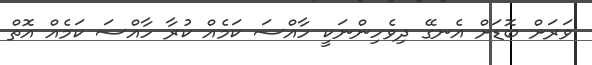
ވަރަށް ބޮޑަށް އެނގޭ ދިވެހިންނަކީ ހާއްސަ ކަމެއް ކުރާ ހާއްސަ ކަމެއް އޮތް